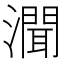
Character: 𤀳